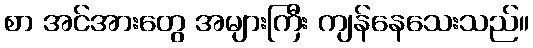
စာ အင်အားတွေ အများကြီး ကျန်နေသေးသည်။